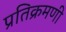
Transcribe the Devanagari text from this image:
प्रतिक्रमणी